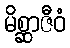
မိစ္ဆာဇီဝံ